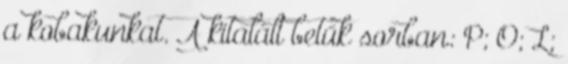
a kobakunkat. A kitalált betűk sorban: P; O; L;